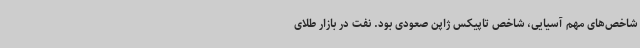
شاخص‌های مهم آسیایی، شاخص تاپیکس ژاپن صعودی بود. نفت در بازار طلای